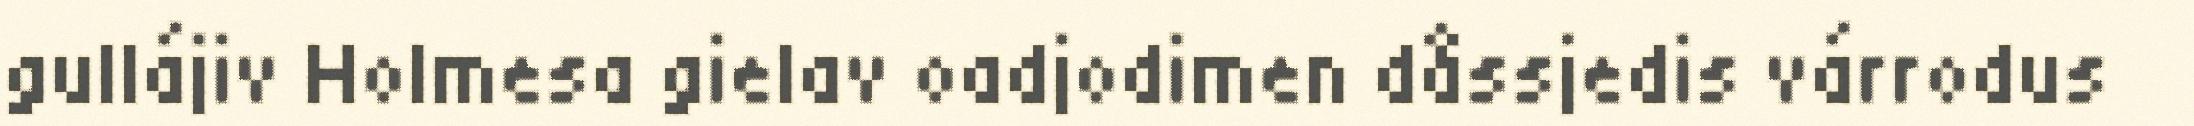
gullájiv Holmesa gielav oadjodimen dåssjedis várrodus